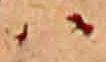
ハ